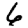
Digit: 6